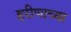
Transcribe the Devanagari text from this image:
हरीणाच्या